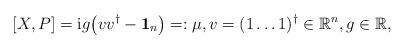
LaTeX: \begin{gather*}[X,P]=\mathrm{i} g\big(vv^\dag-\mathbf{1}_n\big)=:\mu, v=(1\dots 1)^\dag\in\mathbb{R}^n,g\in\mathbb{R},\end{gather*}